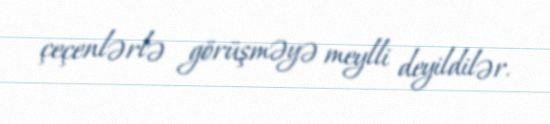
çeçenlərlə görüşməyə meylli deyildilər.